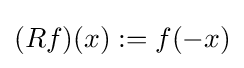
(Rf)(x):=f(-x)